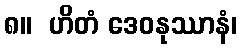
၈။  ဟိတံ ဒေဝနုဿာနံ၊